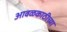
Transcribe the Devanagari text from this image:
आवळकाठीच्या